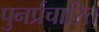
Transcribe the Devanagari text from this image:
पुनर्प्रचारित